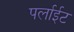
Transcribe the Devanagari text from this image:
पर्लाईट